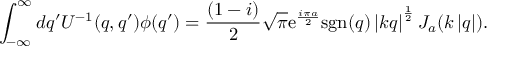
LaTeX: \int _ { - \infty } ^ { \infty } d q ^ { \prime } U ^ { - 1 } ( q , q ^ { \prime } ) \phi ( q ^ { \prime } ) = \frac { ( 1 - i ) } { 2 } \sqrt { \pi } \mathrm { e } ^ { \frac { i \pi a } { 2 } } \mathrm { s g n } ( q ) \left| k q \right| ^ { \frac { 1 } { 2 } } J _ { a } ( k \left| q \right| ) .